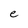
Character: e